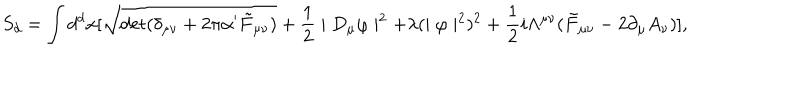
S _ { d } = \int d ^ { d } x [ \sqrt { \mathrm { d e t } ( \delta _ { \mu \nu } + 2 \pi \alpha ^ { \prime } \tilde { F } _ { \mu \nu } ) } + \frac { 1 } { 2 } \mid D _ { \mu } \varphi \mid ^ { 2 } + \lambda ( \mid \varphi \mid ^ { 2 } ) ^ { 2 } + \frac { 1 } { 2 } i \Lambda ^ { \mu \nu } ( \tilde { F } _ { \mu \nu } - 2 \partial _ { \mu } A _ { \nu } ) ] ,